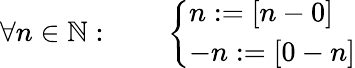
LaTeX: \forall n\in\mathbb{N}:\qquad{\left\{ \begin{array}{ll}{n:=[n-0]}\\ {-n:=[0-n]}\end{array}\right.}